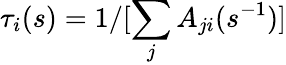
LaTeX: \tau_{i}(s)=1/[\sum_{j}A_{ji}(s^{-1})]